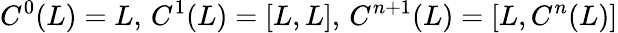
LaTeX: C^{0}(L)=L,\, C^{1}(L)=[L,L],\, C^{n+1}(L)=[L,C^{n}(L)]